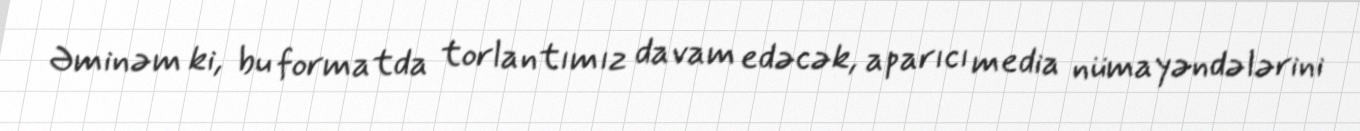
Əminəm ki, bu formatda torlantımız davam edəcək, aparıcı media nümayəndələrini